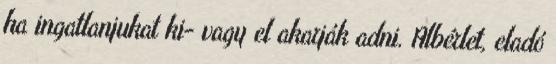
ha ingatlanjukat ki- vagy el akarják adni. Albérlet, eladó